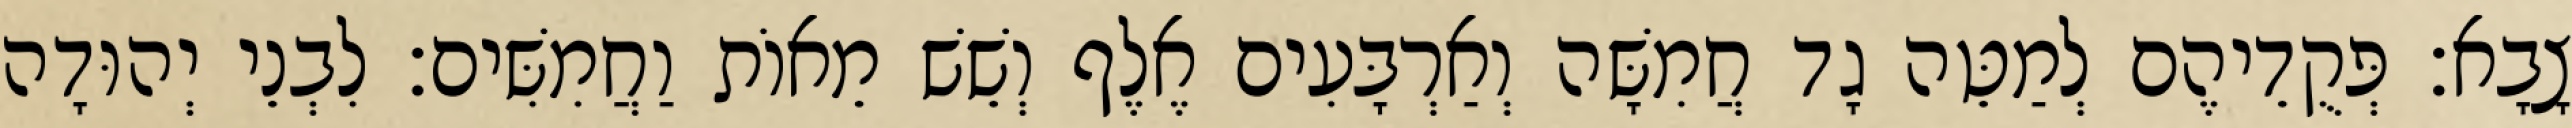
צָבָא׃ פְּקֻדֵיהֶם לְמַטֵּה גָד חֲמִשָּׁה וְאַרְבָּעִים אֶלֶף וְשֵׁשׁ מֵאוֹת וַחֲמִשִּׁים׃ לִבְנֵי יְהוּדָה